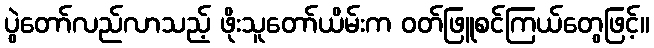
ပွဲတော်လည်လာသည့် ဖိုးသူတော်ယိမ်းက ဝတ်ဖြူစင်ကြယ်တွေဖြင့်။